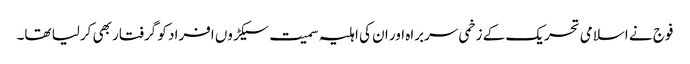
فوج نے اسلامی تحریک کے زخمی سربراہ اور ان کی اہلیہ سمیت سیکڑوں افراد کو گرفتار بھی کرلیا تھا۔